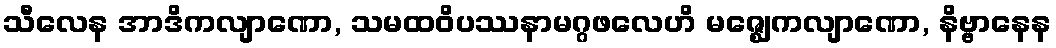
သီလေန အာဒိကလျာဏော, သမထဝိပဿနာမဂ္ဂဖလေဟိ မဇ္ဈေကလျာဏော, နိဗ္ဗာနေန